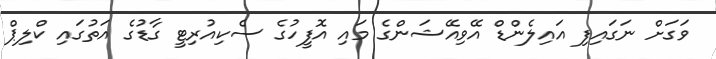
ވަގަށް ނަގައިފި އައިލެންޑް އޭވިއޭޝަންގެ މައި އޮފީހުގެ ސެކިއުރިޓީ ގާޑުގެ އަތުގައި ކްލިޕް